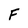
Character: F